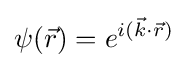
\psi ({\vec {r}})=e^{i({\vec {k}}\cdot {\vec {r}})}